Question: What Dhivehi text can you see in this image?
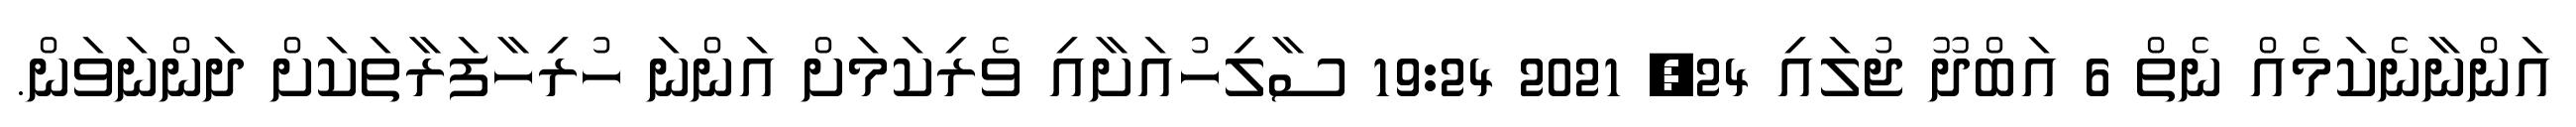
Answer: އަންނާނެކަމެއް ނެތް 6 އަބްދޫ ޖުލައި 24, 2021 19:24 ސާލިހުއަށާއި ވެރިކަމަށް އަންނަ ހުރިހާފަރާތަކަށް ދަންނަވަން.